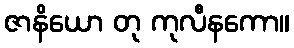
ဇာနိယော တု ကုလီနကော။